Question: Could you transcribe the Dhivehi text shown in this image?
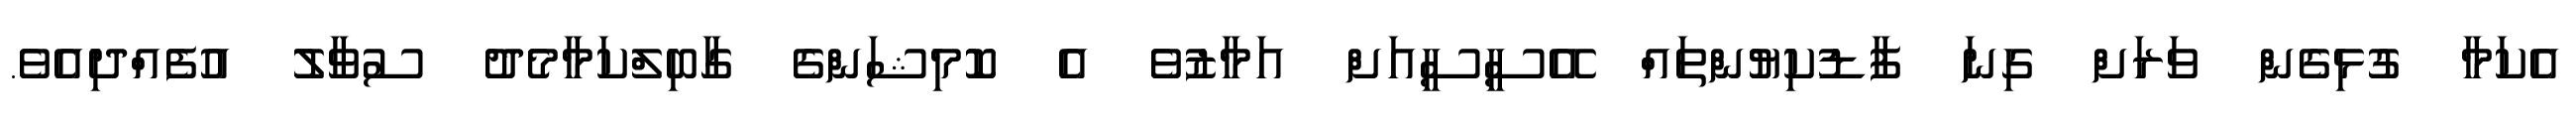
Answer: އެކަމާ ގުޅިގެން ވަރަށް ގިނަ ފާޑުކިޔުންތައް އޭސީސީއަށް އަމާޒުވެ އެ ކޮމިޝަންގެ ގާބިލްކަމާމެދު ސުވާލު އުފެއްދިއެވެ.